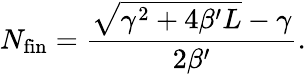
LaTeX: N_{\textnormal{fin}}=\frac{\sqrt{\gamma^{2}+4\beta^{\prime}L}-\gamma}{2\beta^{\prime}}.